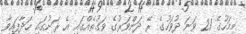
މިމަހުގެ 21 ވަނަ ދުވަހުގެ ރޭ ދަންވަރުގެ ވަގުތެއްގައި އެ ރަށުގައި ހަދާފައިވާ